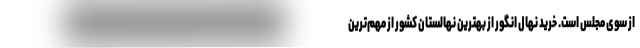
از سوی مجلس است. خرید نهال انگور از بهترین نهالستان کشور از مهم‌ترین